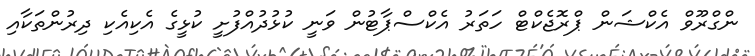
ންގްރޫވް އެކްޝަން ޕްރޮޖެކްޓް ހަތަރު އެކްސްޕާޓުން ވަނީ ކުޅުދުއްފުށީ ކުޅީގެ އެކިއެކި ދިރުންތަކާއި